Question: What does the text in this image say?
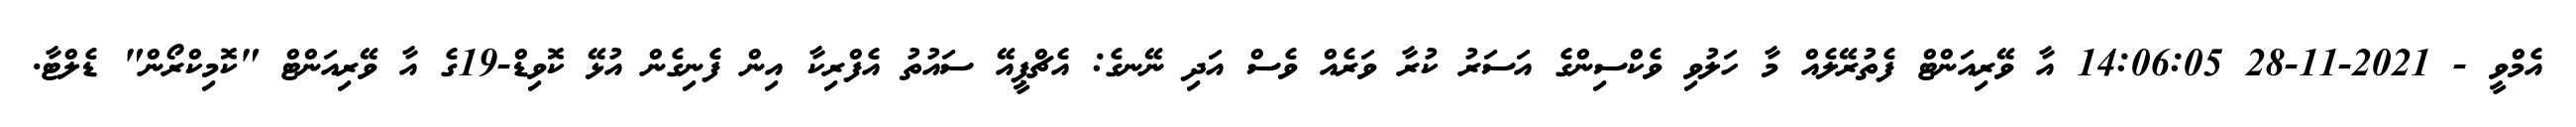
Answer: އެމްވީ - 2021-11-28 14:06:05 އާ ވޭރިއަންޓް ފެތުރޭލެއް މާ ހަލުވި ވެކްސިންގެ އަސަރު ކުރާ ވަރެއް ވެސް އަދި ނޭނގެ: އެޗްޕީއޭ ސައުތު އެފްރިކާ އިން ފެނިގެން އުޅޭ ކޮވިޑް-19ގެ އާ ވޭރިއަންޓް "ކޮމިކްރޯން" ޑެލްޓާ.